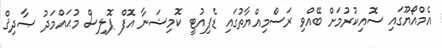
އެމްއޯޔޫގައި ސޮއިކުރުމަށް ބޭއްވި ރަސްމިއްޔާތުގައި ޑެޕިއުޓީ ކޮމިޝަނާ އޮފް ޕޮލިސް މުޙައްމަދު ޞާދިޤް